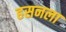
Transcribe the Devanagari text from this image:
हसनला